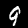
Label: 9